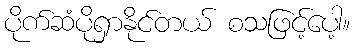
ပိုက်ဆံပိုရှာနိုင်တယ် စသဖြင့်ပေါ့။